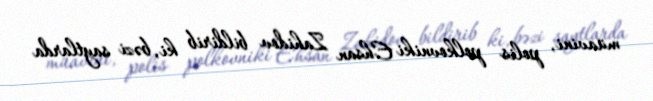
müavini, polis polkovniki Ehsan Zahidov bildirib ki, bəzi saytlarda